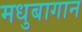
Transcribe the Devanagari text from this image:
मधुबागान